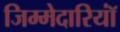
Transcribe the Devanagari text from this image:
जिम्मेदारियॉं